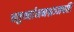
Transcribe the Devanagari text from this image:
चतुर्थ्यामनश्नञ्जपति